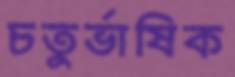
চতুর্ভাষিক